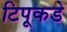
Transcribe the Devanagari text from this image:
टिपूकडे